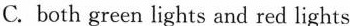
C.both green lights and red lights